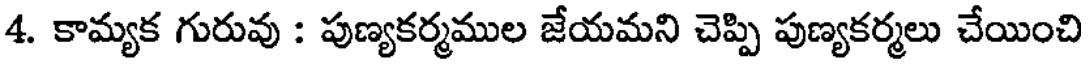
4. కామ్యక గురువు : పుణ్యకర్మముల జేయమని చెప్పి పుణ్యకర్మలు చేయించి